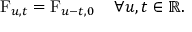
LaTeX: \operatorname { F } _ { u , t } = \operatorname { F } _ { u - t , 0 } \quad \forall u , t \in \mathbb { R } .